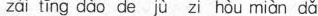
zài tīng dào de jù zi hòu miàn dǎ